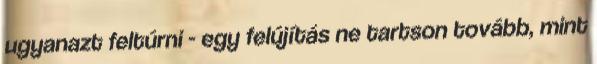
ugyanazt feltúrni - egy felújítás ne tartson tovább, mint